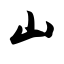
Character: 山